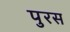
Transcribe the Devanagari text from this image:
पुरस